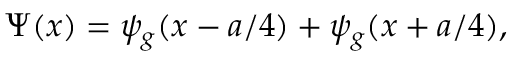
\Psi ( x ) = \psi _ { g } ( x - a / 4 ) + \psi _ { g } ( x + a / 4 ) ,